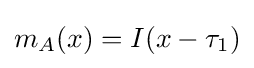
m_{A}(x)=I(x-\tau _{1})